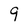
Character: 9